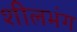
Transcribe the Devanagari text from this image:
शीलभंग